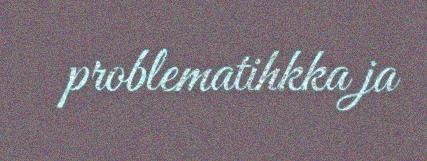
problematihkka ja